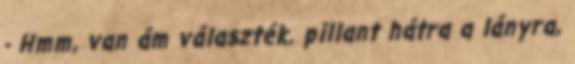
- Hmm, van ám választék. pillant hátra a lányra,